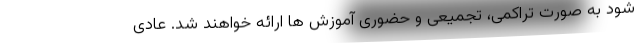
شود به صورت تراکمی، تجمیعی و حضوری آموزش ها ارائه خواهند شد. عادی